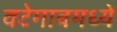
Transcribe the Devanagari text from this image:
वटेगावमध्ये